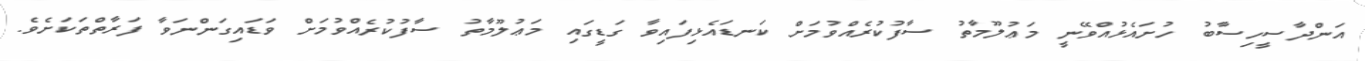
އަންދާސީހިސާބު ހުށައެޅުއްވޭނީ މަޢުލޫމާތު ސާފުކުރެއްވުމަށް ކަނޑައެޅިފައިވާ ގަޑީގައި މަޢުލޫމާތު ސާފުކުރެއްވުމަށް ވަޑައިގަންނަވާ ފަރާތްތަކަށެވެ.